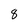
Character: 8